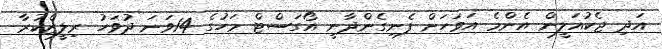
އަދި ޖެކުއަލީން އެންމެ އަވަހަށް ފެނިގެންދާނީ އޯގަސްޓް މަހުގެ 14ވަނަ ދުވަހު ރިލީޒްކުރާ